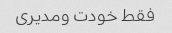
فقط خودت ومدیری